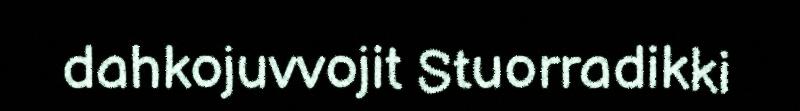
dahkojuvvojit Stuorradikki